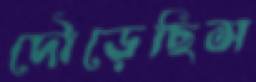
দৌড়েছিস